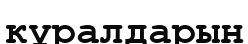
кұралдарын